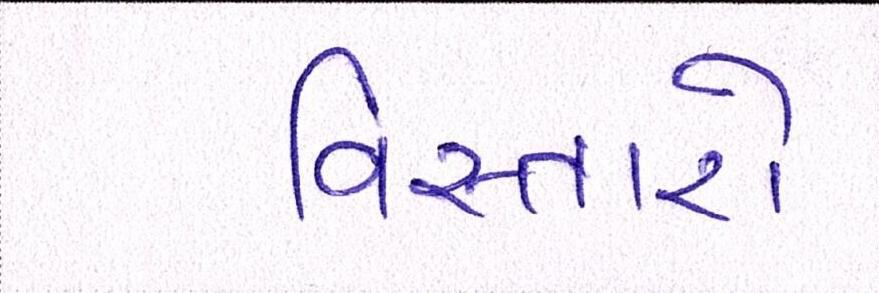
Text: વિસ્તારો